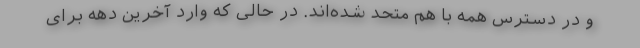
و در دسترس همه با هم متحد شده‌اند. در حالی ‌که وارد آخرین دهه برای